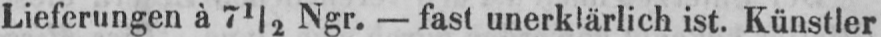
Lieferungen à 7½ Ngr. - fast unerklärlich ist. Künstler